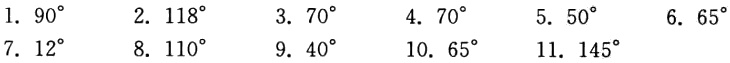
1. \(90^{\circ}\)
2. \(118^{\circ}\)
3. \(70^{\circ}\)
4. \(70^{\circ}\)
5. \(50^{\circ}\)
6. \(65^{\circ}\)
7. \(12^{\circ}\)
8. \(110^{\circ}\)
9. \(40^{\circ}\)
10. \(65^{\circ}\)
11. \(145^{\circ}\)